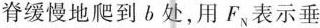
脊缓慢地爬到b处，用F_{N}表示垂